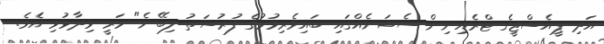
އަދި ޕީއެސްޖީގެ ޓްރެއިނިން ސެޝަނެއްގައި ބައިވެރިވުމުގެ ފުރުސަތު ލިބޭނެ" މަރީ ވިދާޅުވި އެވެ.